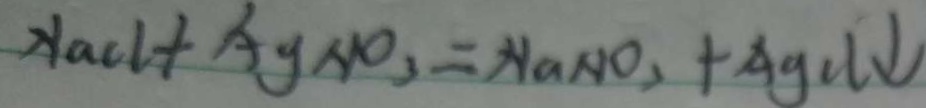
N a C l + A g N O _ { 3 } = N a N O _ { 3 } + A g C l \downarrow